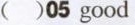
( )05 good